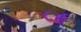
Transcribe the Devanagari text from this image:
८ई